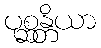
ပုစ္ဆန္တိယာ